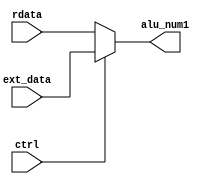
`timescale 1ns / 1ps

module mux3(
    input ctrl,
    
    input [31:0] ext_data,
    input [31:0] rdata,
    output [31:0] alu_num1
    );
    
    assign alu_num1 = (ctrl) ? ext_data : rdata;
    
endmodule